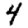
Digit: 4